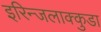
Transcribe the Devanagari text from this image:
इरिन्जलाक्कुडा